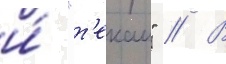
и́ "т'екаи" // В